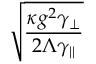
\sqrt { \frac { \kappa g ^ { 2 } \gamma _ { \perp } } { 2 \Lambda \gamma _ { | | } } }